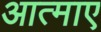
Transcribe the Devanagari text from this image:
आत्माए